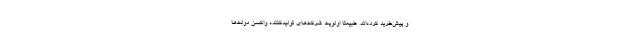
و پیش‌خرید کرده‌اند. طبیعتا اولویت شرکت‌های تولیدکننده واکسن دولت‌ها